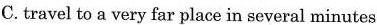
C.travel to a very far place in several minutes